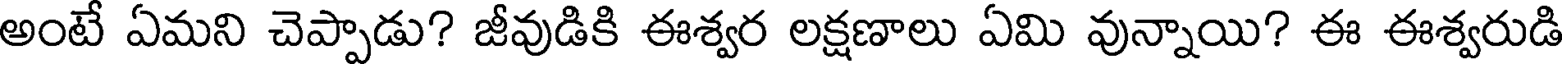
అంటే ఏమని చెప్పాడు? జీవుడికి ఈశ్వర లక్షణాలు ఏమి వున్నాయి? ఈ ఈశ్వరుడి